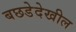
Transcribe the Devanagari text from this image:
बछडेदेखील